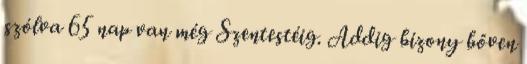
szólva 65 nap van még Szentestéig. Addig bizony bőven